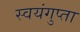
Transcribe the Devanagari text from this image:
स्वयंगुप्ता